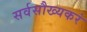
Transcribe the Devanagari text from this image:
सर्वसौख्यकरं